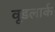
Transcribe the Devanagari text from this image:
वूडलार्क